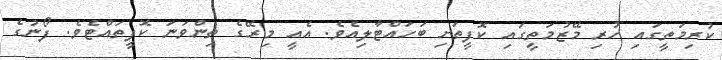
ކުރިމަތީގައި ހުރި މޭޒުމަތީގައި ކޮފީތަށި ބަހައްޓާލިއެވެ. އެއީ މިރޭގެ ތިންވަނަ ކޮފީތައްޓެވެ. ފޯނުގެ